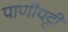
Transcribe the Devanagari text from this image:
पाणीपट्टी